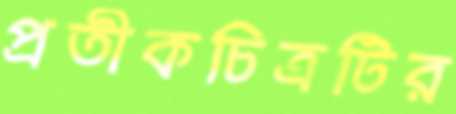
প্রতীকচিত্রটির